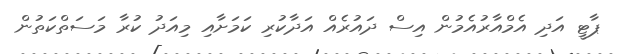
ޕާޓީ އަދި އެމްއާރުއެމުން އިސް ދައުރެއް އަދާކުރި ކަމަށާއި މިއަދު ކުރާ މަސަތްކަތުން